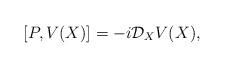
LaTeX: \begin{align*}[P,V(X)]=-i\mathcal{D}_X V(X),\end{align*}